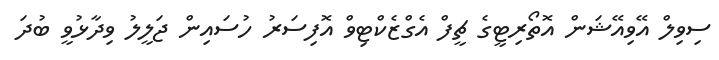
ސިވިލް އޭވިއޭޝަން އޮތޯރިޓީގެ ޗީފް އެގްޒެކްޓިވް އޮފިސަރު ހުސައިން ޖަލީލު ވިދާޅުވީ ބުދަ